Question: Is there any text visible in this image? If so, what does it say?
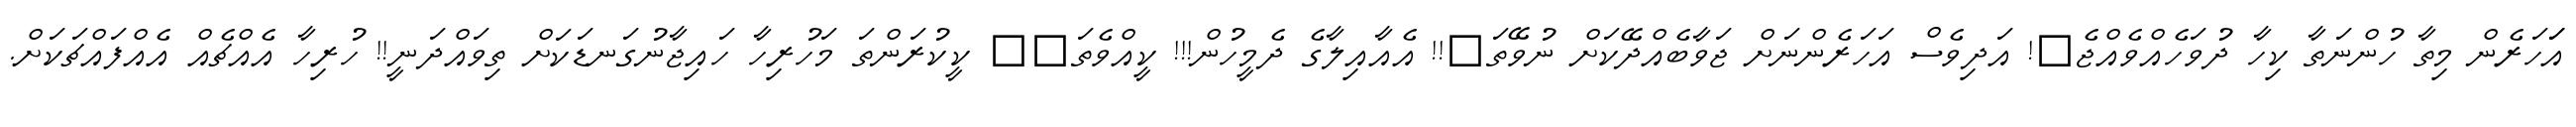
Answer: އަަހަރެން މިތާ ހުންނަތާ ކިހާ ދުވަހެއްވެއްޖެ?! އަދިވެސް އަހަރެންނަށް ޖަވާބެއްދޭކަށް ނުވޭތަ?!! އެއާއިލާގެ ދެމީހުން!!! ކީއްވެތަ?? ކީކުރަންތަ މަހުރިހާ ހައިޖާނުގަނޑަކަށް ތިވައްދަނީ!! ހުރިހާ އެއްޗެއް އެއްފައްޗަކަށް.